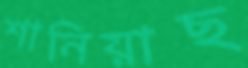
শানিয়াছ